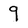
Character: 9